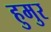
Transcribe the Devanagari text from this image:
हुमुर